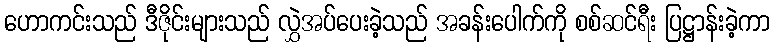
ဟောကင်းသည် ဒီဇိုင်းများသည် လွှဲအပ်ပေးခဲ့သည် အခန်းပေါက်ကို စစ်ဆင်ရီး ပြဋ္ဌာန်းခဲ့ကာ